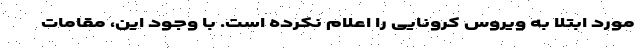
مورد ابتلا به ویروس کرونایی را اعلام نکرده است. با وجود این، مقامات